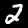
Label: 2